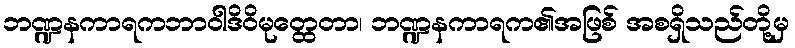
ဘဏ္ဍနကာရကဘာဝါဒိဝိမုတ္ထေတာ၊ ဘဏ္ဍနကာရက၏အဖြစ် အစရှိသည်တို့မှ